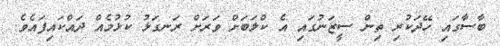
ބާސާގައި ހޭދަކުރި ތިން ސީޒަނުގައި އެ ކްލަބަށް ވަރަށް ރަނގަޅު ކުޅުމެއް ދައްކައިފައެވެ.